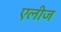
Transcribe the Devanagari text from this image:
एलीज